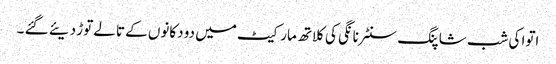
اتوا کی شب شاپنگ سنٹر نانگی کی کلاتھ مارکیٹ میں دو دکانوں کے تالے توڑ دیئے گئے ۔